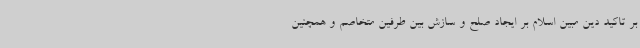
بر تاکید دین مبین اسلام بر ایجاد صلح و سازش بین طرفین متخاصم و همچنین